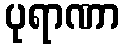
ပုရာဏာ